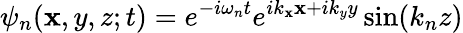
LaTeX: \psi_{n}(\mathbf{x},y,z;t)=e^{-i\omega_{n}t}e^{ik_{\mathbf{x}}\mathbf{x}+ik_{y}y}\sin(k_{n}z)